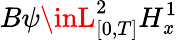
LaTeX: B\psi\inL_{[0,T]}^{2}H_{\mathit{x}}^{1}